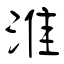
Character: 淮